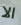
الا